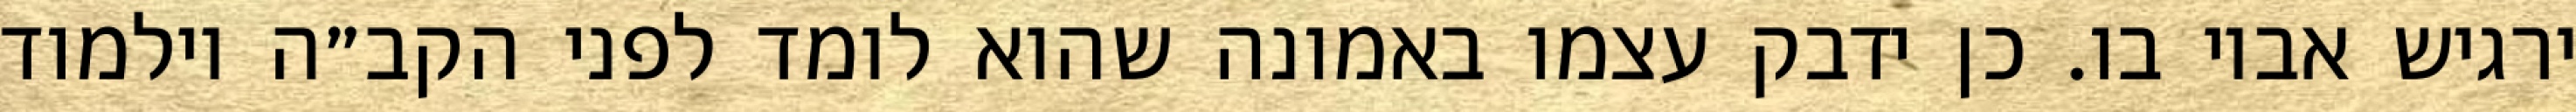
ירגיש אביו בו. כן ידבק עצמו באמונה שהוא לומד לפני הקב״ה וילמוד